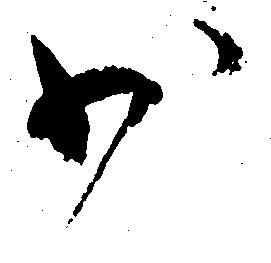
少